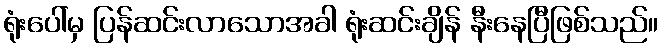
ရုံးပေါ်မှ ပြန်ဆင်းလာသောအခါ ရုံးဆင်းချိန် နီးနေပြီဖြစ်သည်။